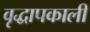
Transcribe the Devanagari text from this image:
वृद्धापकाली